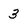
Character: 3